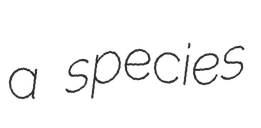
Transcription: a species